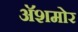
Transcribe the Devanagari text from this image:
अॅशमोर